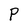
Character: P